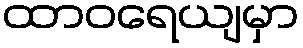
ထာဝရေယျမှာ